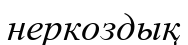
неркоздық